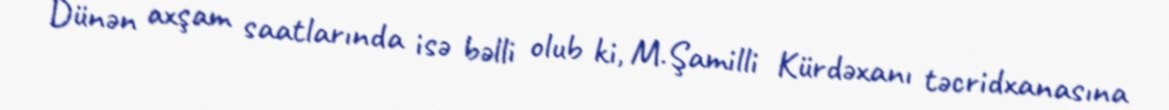
Dünən axşam saatlarında isə bəlli olub ki, M.Şamilli Kürdəxanı təcridxanasına